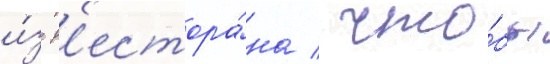
и́з р'естора́на / что́бы